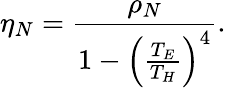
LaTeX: \eta_{N}=\frac{\rho_{N}}{1-\left(\frac{T_{E}}{T_{H}}\right)^{4}}.